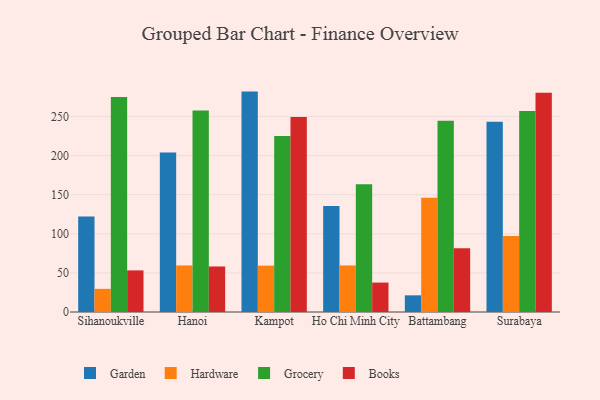
{"axis": {"x": "City", "y": "LTV (USD)"}, "legend": ["Books", "Garden", "Grocery", "Hardware"], "data": [{"x": "Sihanoukville", "y": 122.2, "type": "Garden"}, {"x": "Sihanoukville", "y": 29.6, "type": "Hardware"}, {"x": "Sihanoukville", "y": 274.8, "type": "Grocery"}, {"x": "Sihanoukville", "y": 53.2, "type": "Books"}, {"x": "Hanoi", "y": 204.0, "type": "Garden"}, {"x": "Hanoi", "y": 59.5, "type": "Hardware"}, {"x": "Hanoi", "y": 257.7, "type": "Grocery"}, {"x": "Hanoi", "y": 58.2, "type": "Books"}, {"x": "Kampot", "y": 281.8, "type": "Garden"}, {"x": "Kampot", "y": 59.3, "type": "Hardware"}, {"x": "Kampot", "y": 225.0, "type": "Grocery"}, {"x": "Kampot", "y": 249.2, "type": "Books"}, {"x": "Ho Chi Minh City", "y": 135.5, "type": "Garden"}, {"x": "Ho Chi Minh City", "y": 59.5, "type": "Hardware"}, {"x": "Ho Chi Minh City", "y": 163.4, "type": "Grocery"}, {"x": "Ho Chi Minh City", "y": 37.6, "type": "Books"}, {"x": "Battambang", "y": 21.3, "type": "Garden"}, {"x": "Battambang", "y": 146.1, "type": "Hardware"}, {"x": "Battambang", "y": 244.6, "type": "Grocery"}, {"x": "Battambang", "y": 81.5, "type": "Books"}, {"x": "Surabaya", "y": 243.4, "type": "Garden"}, {"x": "Surabaya", "y": 97.2, "type": "Hardware"}, {"x": "Surabaya", "y": 257.0, "type": "Grocery"}, {"x": "Surabaya", "y": 280.2, "type": "Books"}]}